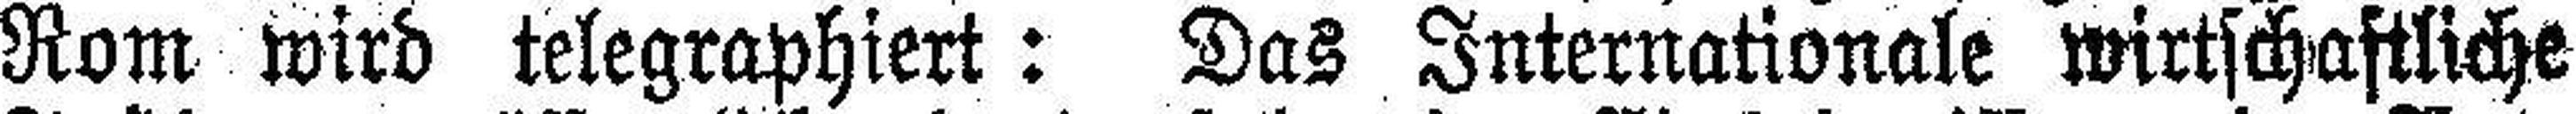
Rom wird telegraphiert: Das Internationale wirtschaftliche